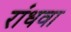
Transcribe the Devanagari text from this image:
रांधवा